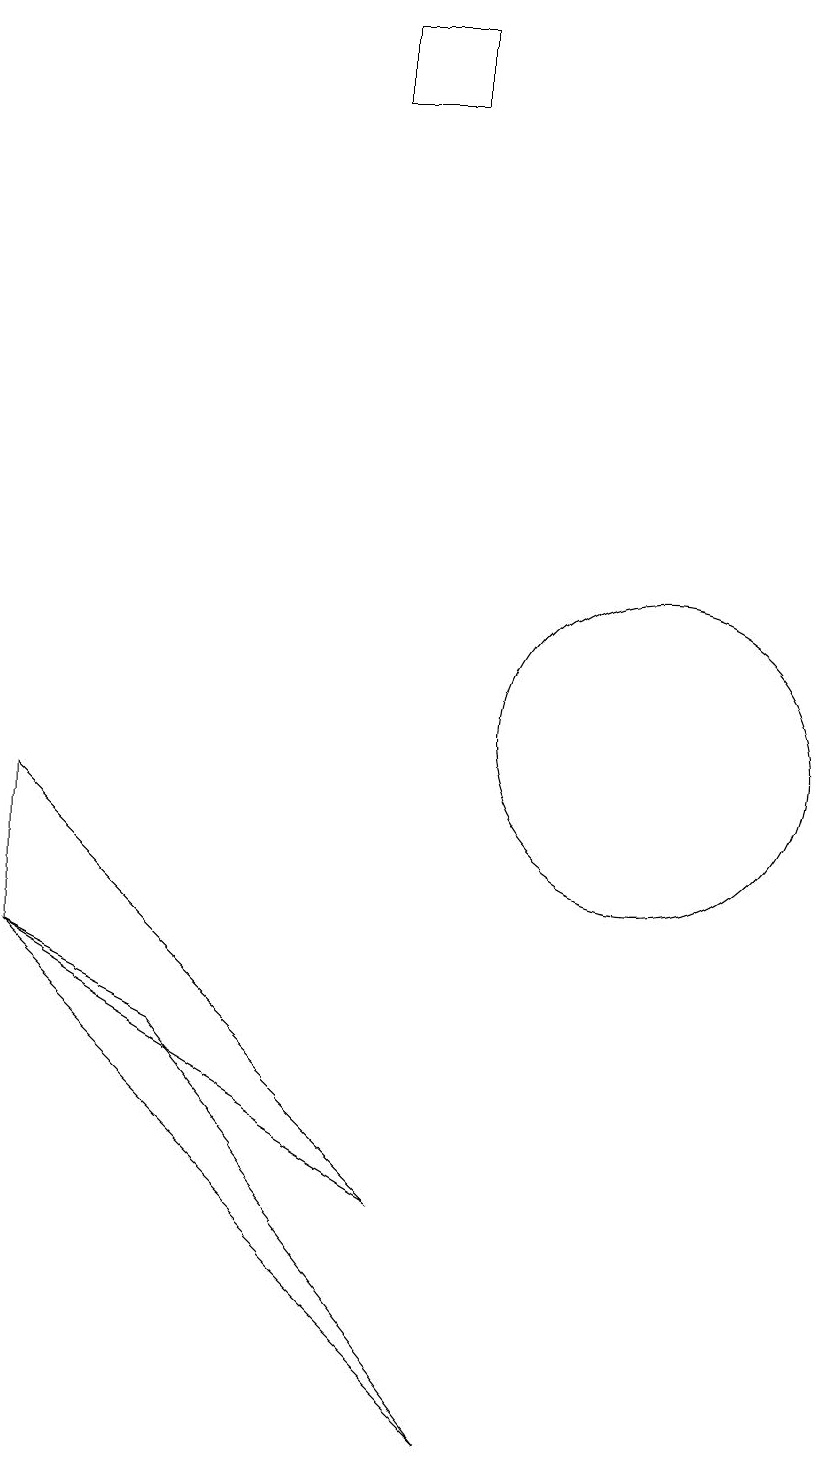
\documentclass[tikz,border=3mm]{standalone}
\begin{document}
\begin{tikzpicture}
\draw (8,1) -- (2,7) -- (4,6) -- cycle;
\draw (10,10) circle (2);
\draw (7,19) rectangle (6,18);
\draw (2,9) -- (2,7) -- (7,4) -- cycle;
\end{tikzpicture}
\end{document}